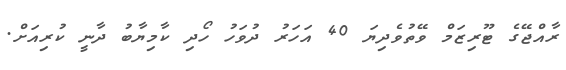
ރާއްޖޭގެ ޓޫރިޒަމް ވޭތުވެދިޔަ 40 އަހަރު ދުވަހު ހޯދި ކާމިޔާބު ދާނީ ކުރިއަށް.